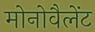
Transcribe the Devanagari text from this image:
मोनोवैलेंट